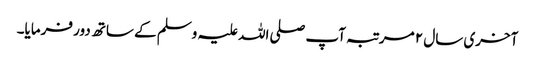
آخری سال ۲ مرتبہ آپ صلی اللہ علیہ وسلم کے ساتھ دور فرمایا۔